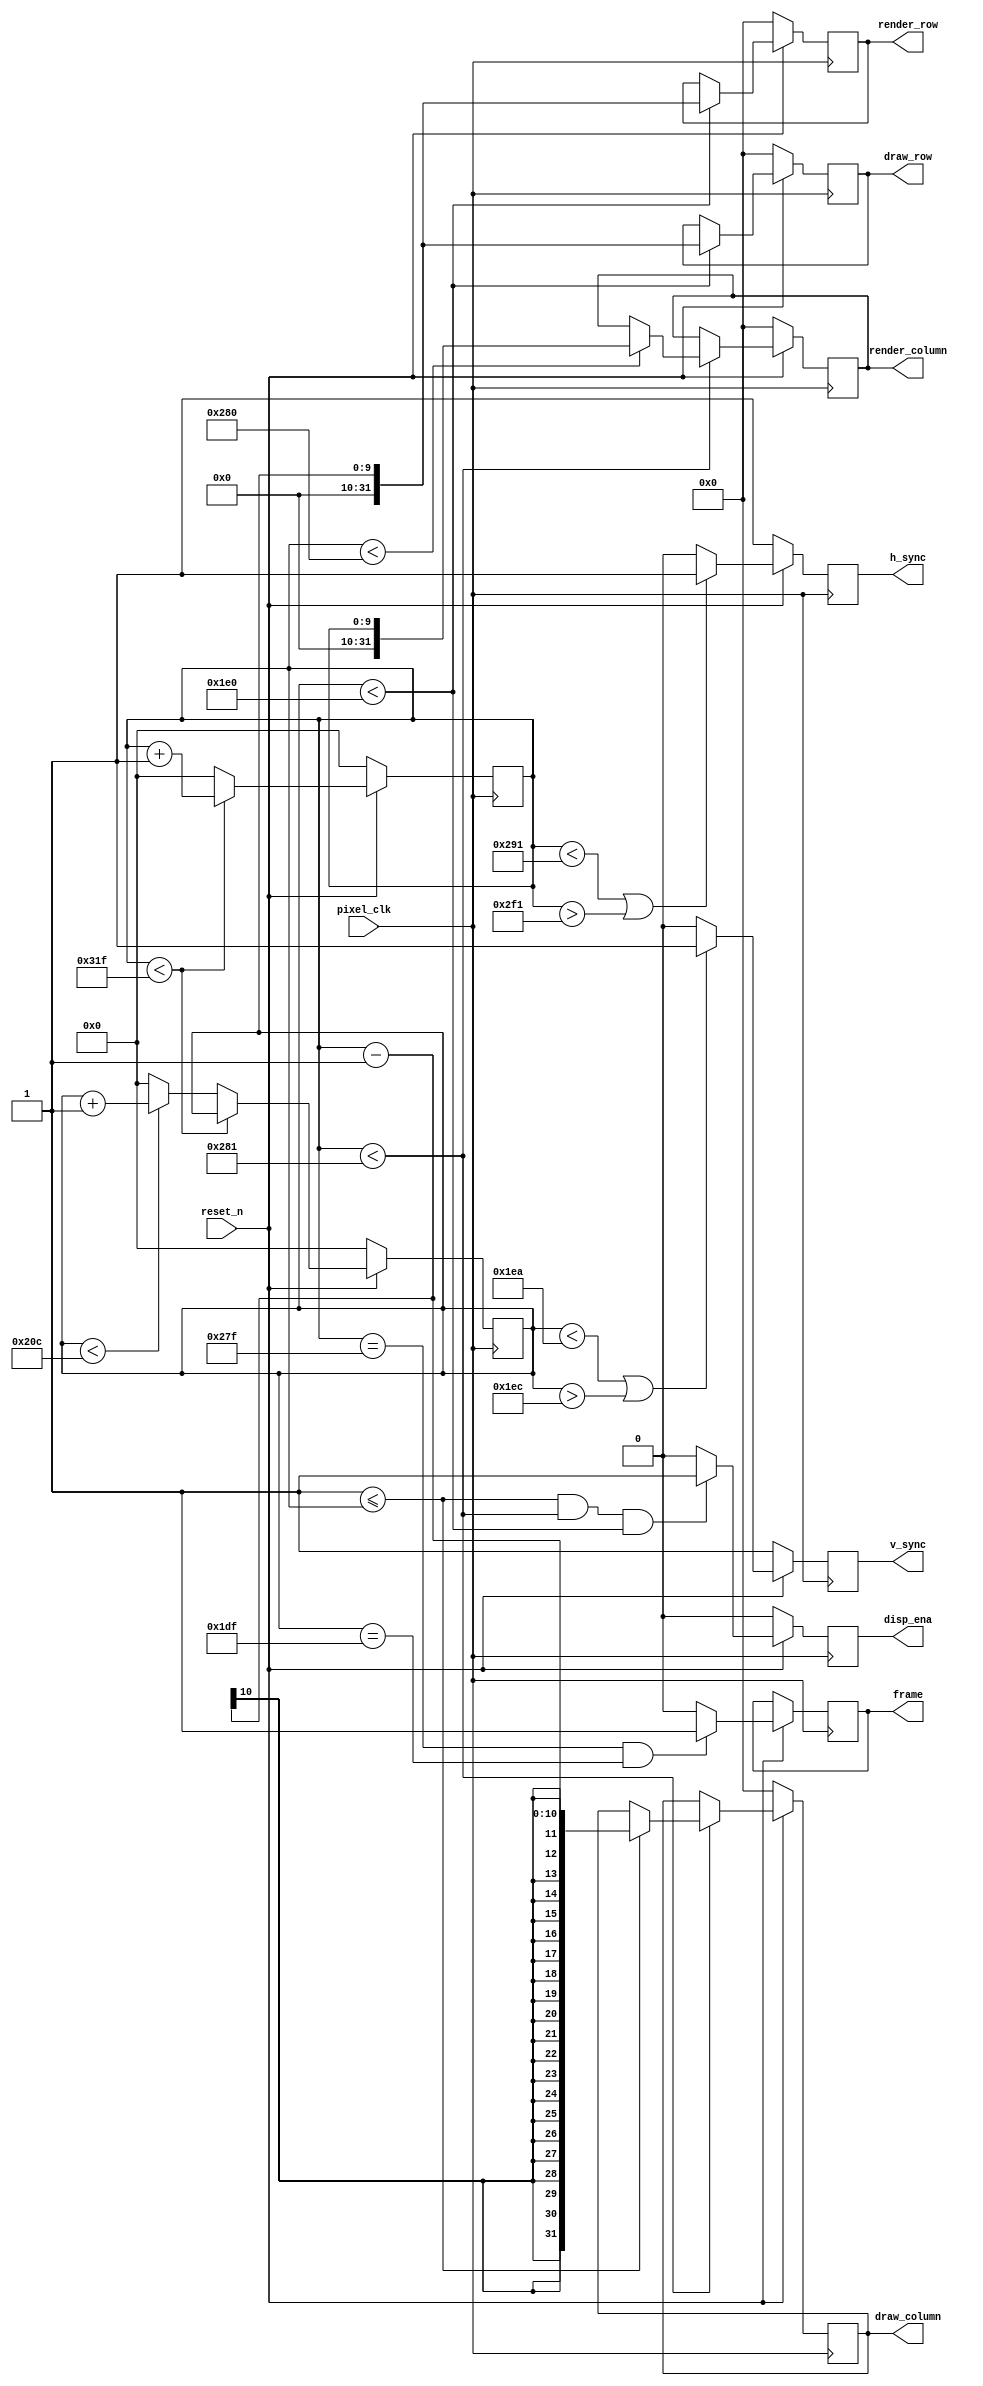
// VGA Sync machine
//
// 4/11/2021 Compiled from various sources

module vga_controller #(
   parameter h_pixels   = 640,   // horizontal display
   parameter h_fp       = 16,    // horizontal Front Porch
   parameter h_pulse    = 96,    // horizontal sync pulse
   parameter h_bp       = 48,    // horizontal back porch
   parameter h_pol      = 1'b0,  // horizontal sync polarity (1 = positive, 0 = negative)
   parameter v_pixels   = 480,   // vertical display
   parameter v_fp       = 10,    // vertical front porch
   parameter v_pulse    = 2,     // vertical pulse
   parameter v_bp       = 33,    // vertical back porch
   parameter v_pol      = 1'b0   // vertical sync polarity (1 = positive, 0 = negative)
)( input pixel_clk,           // Pixel clock
   input reset_n,             // Active low synchronous reset
   output reg h_sync,         // horizontal sync signal
   output reg v_sync,         // vertical sync signal
   output reg disp_ena,       // display enable (0 = all colors must be blank)
   output reg [31:0] draw_column,  // horizontal pixel coordinate
   output reg [31:0] draw_row,     // vertical pixel coordinate
   output reg [31:0] render_column,  // horizontal pixel coordinate
   output reg [31:0] render_row,     // vertical pixel coordinate
	output reg frame           // frame end signal
   );

   localparam DRAW_LAT = 1;

   // Get total number of row and column pixel clocks
   localparam h_period = h_pulse + h_bp + h_pixels + h_fp;
   localparam v_period = v_pulse + v_bp + v_pixels + v_fp;

   // Full range counters
   reg [$clog2(h_period)-1:0] h_count;
   reg [$clog2(v_period)-1:0] v_count;

   always @(posedge pixel_clk) begin
      // Perform reset operations if needed
      if (reset_n == 1'b0) begin
         h_count  <= 0;
         v_count  <= 0;
         h_sync   <= ~ h_pol;
         v_sync   <= ~ v_pol;
         disp_ena <= 1'b0;
         draw_column   <= 0;
         draw_row      <= 0;
         render_column   <= 0;
         render_row      <= 0;
      end else begin

         // Pixel Counters
         if (h_count < h_period - 1) begin
            h_count <= h_count + 1;
         end else begin
            h_count <= 0;
            if (v_count < v_period - 1) begin
               v_count <= v_count + 1;
            end else begin
               v_count <= 0;
            end
         end

         // Horizontal Sync Signal
         // moved by DRAW_LAT forward to shift incoming RGB by DRAW_LAT
         if ( (h_count < h_pixels + h_fp + DRAW_LAT) || (h_count > h_pixels + h_fp + h_pulse + DRAW_LAT) ) begin
            h_sync <= ~ h_pol;
         end else begin
            h_sync <= h_pol;
         end

         // Vertical Sync Signal
         if ( (v_count < v_pixels + v_fp) || (v_count > v_pixels + v_fp + v_pulse) ) begin
            v_sync <= ~ v_pol;
         end else begin
            v_sync <= v_pol;
         end

         // Update Pixel Coordinates
         if (h_count < h_pixels + DRAW_LAT) begin
            if (DRAW_LAT <= h_count) begin
               draw_column <= h_count - 1;
            end
            if (h_count < h_pixels) begin
               render_column <= h_count;
            end
         end

         if (v_count < v_pixels) begin
            draw_row <= v_count;
            render_row <= v_count;
         end
			
			if (h_count == h_pixels - 1 && v_count == v_pixels - 1) begin
            frame <= 1;
         end else begin
            frame <= 0;
         end

         // Set display enable output
         // Offset DRAW_LAT horizontally - enable drawing only when drawing X/Y in range
         if (DRAW_LAT <= h_count && h_count < h_pixels + DRAW_LAT && v_count < v_pixels) begin
            disp_ena <= 1'b1;
         end else begin
            disp_ena <= 1'b0;
         end
      end
   end

endmodule